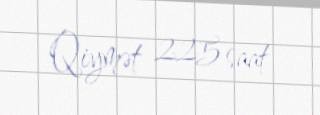
Qiymət 225 saat